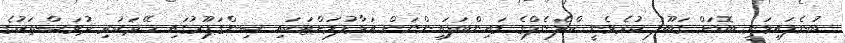
ބުނެފައިވަނީ ބޮޑަށް ގަބޫލު ކުރެވެނީ ކްލެނެލްގެ މައިންބަފައިންނަށް އަޅާލުމަށްޓަކައި ސިންގަޕޫރުގައި ހޭދަކުރި ދުވަސްތަކުގެ